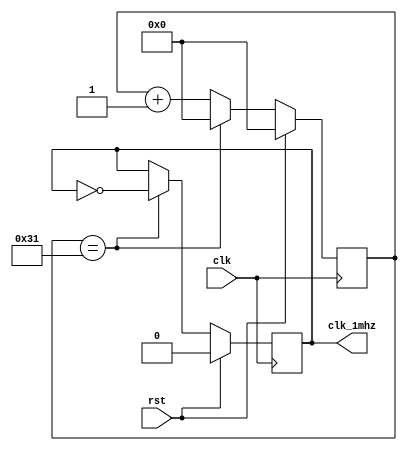
//1MHZ
module clk50to1(
									clk,
									clk_1mhz,
									rst);

	input clk;
	input rst;
	output  clk_1mhz;
	reg[5:0] cnt;
	reg clk_temp;
	always@(posedge clk)begin
		if(rst)begin
			clk_temp <= 0;
			cnt <= 6'd0;
		end
		else begin
			if(cnt == 6'd49)begin
				clk_temp <= ~clk_temp;
				cnt <= 6'd0;
			end
			else begin
				cnt <= cnt + 1'b1;
			end
	end
	end
	assign clk_1mhz = clk_temp;
endmodule